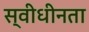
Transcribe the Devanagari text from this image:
स्वीधीनता